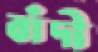
বাঁদী